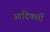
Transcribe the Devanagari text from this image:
आदिकर्ती